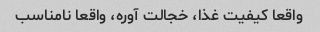
واقعا کیفیت غذا، خجالت آوره، واقعا نامناسب